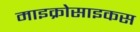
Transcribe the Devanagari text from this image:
माइक्रोसाइकस